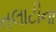
તલાટીના